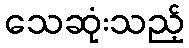
သေဆုံးသည့်